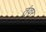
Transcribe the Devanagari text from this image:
तुंवर्